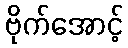
ဗိုက်အောင့်